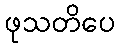
ဖုသတိပေ